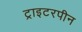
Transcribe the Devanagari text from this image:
ट्राइटरपीन